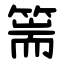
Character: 篅